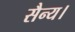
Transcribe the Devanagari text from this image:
सैन्य।